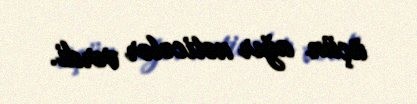
üçün ağır nəticələr verdi.